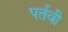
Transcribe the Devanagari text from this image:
पर्तवी